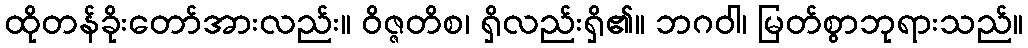
ထိုတန်ခိုးတော်အားလည်း။ ဝိဇ္ဇတိစ၊ ရှိလည်းရှိ၏။ ဘဂဝါ၊ မြတ်စွာဘုရားသည်။